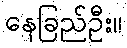
နေခြည်ဦး။